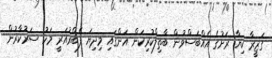
ގަޒީރާ ކިޔާ ރަށުގެ އެއްބަސްވުން ބާތިލްކުރިކަން އަންގައި މިދިޔަ ފެބްރުއަރީ މަހު ސަރުކާރުން